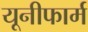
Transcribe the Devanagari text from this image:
यूनीफार्म